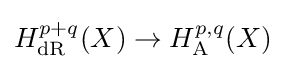
H_{\mathrm {dR} }^{p+q}(X)\rightarrow H_{\mathrm {A} }^{p,q}(X)